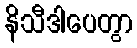
နိသီဒါပေတွာ